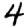
Digit: 4